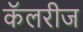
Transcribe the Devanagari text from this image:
कॅलरीज